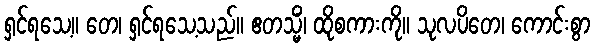
ရှင်ရသေ့။ တေ၊ ရှင်ရသေ့သည်။ ဧတသ္မိံ၊ ထိုစကားကို။ သုလပိတေ၊ ကောင်းစွာ